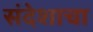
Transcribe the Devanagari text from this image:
संदेशाचा